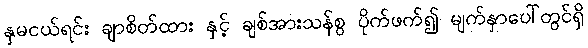
နှမငယ်ရင်း ချာစိတ်ထား နှင့် ချစ်အားသန်စွ ပိုက်ဖက်၍ မျက်နှာပေါ်တွင်ရှိ